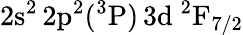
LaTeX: \mathrm{2s^{2}\, 2p^{2}(^{3}P)\, 3d~^{2}F_{7/2}}